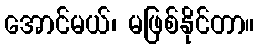
အောင်မယ်၊ မဖြစ်နိုင်တာ။